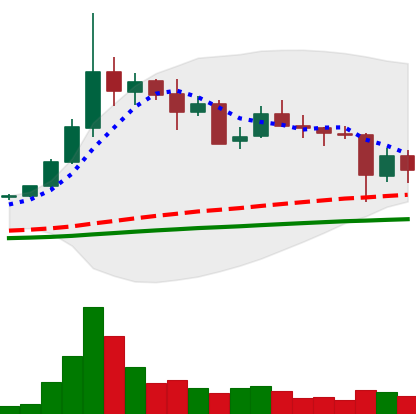
Ticker: ETC-USD
Chart end date: 2021-05-21
Forward return: 24.802%
Label: up_7plus